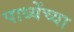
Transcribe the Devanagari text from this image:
पाध्येंच्या